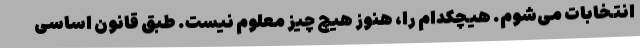
انتخابات می‌شوم. هیچکدام را، هنوز هیچ چیز معلوم نیست. طبق قانون اساسی